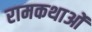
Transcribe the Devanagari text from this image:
रामकथाओं